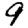
Digit: 9